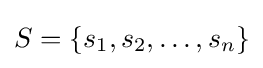
S=\{s_{1},s_{2},\ldots ,s_{n}\}